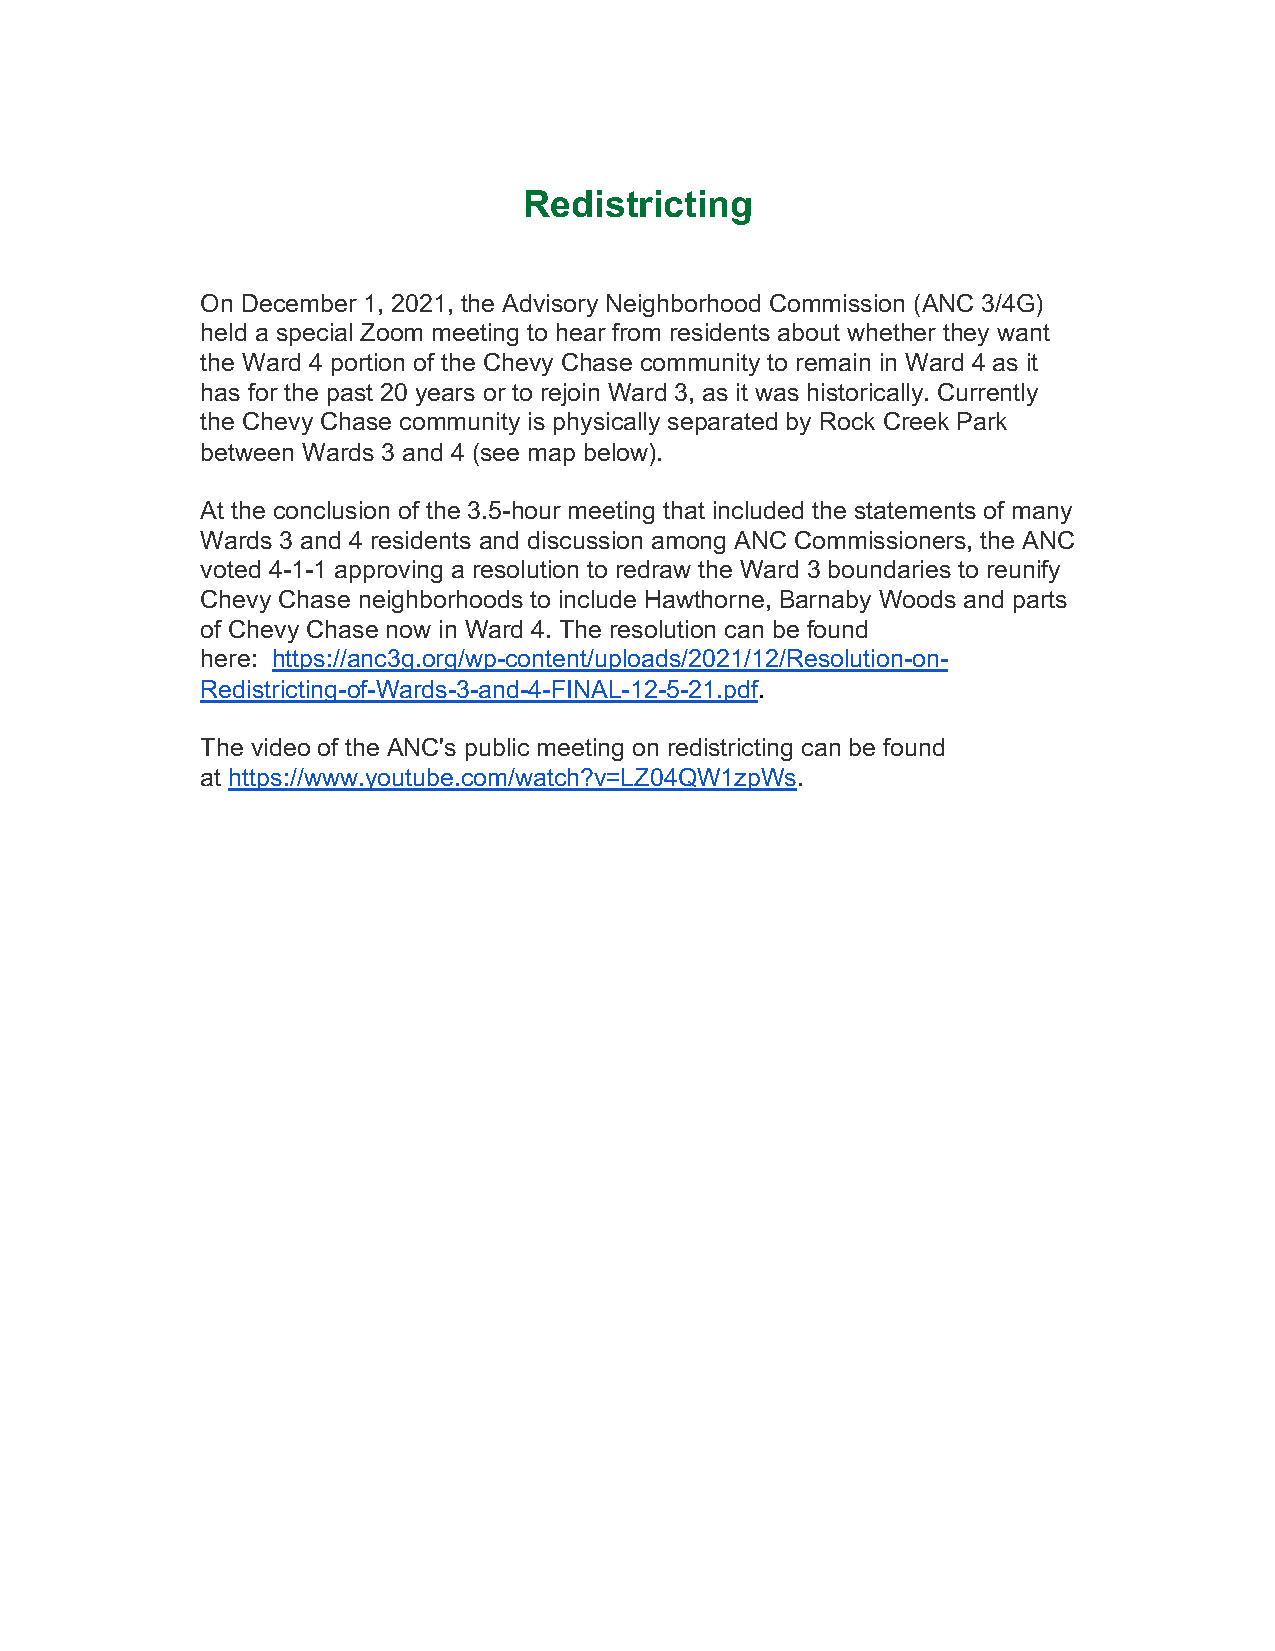
Redistricting
 On December 1, 2021, the Advisory Neighborhood Commission (ANC 3/4G)
 held a special Zoom meeting to hear from residents about whether they want
 the Ward 4 portion of the Chevy Chase community to remain in Ward 4 as it
 has for the past 20 years or to rejoin Ward 3, as it was historically. Currently
 the Chevy Chase community is physically separated by Rock Creek Park
 between Wards 3 and 4 (see map below).
 At the conclusion of the 3.5-hour meeting that included the statements of many
 Wards 3 and 4 residents and discussion among ANC Commissioners, the ANC
 voted 4-1-1 approving a resolution to redraw the Ward 3 boundaries to reunify
 Chevy Chase neighborhoods to include Hawthorne, Barnaby Woods and parts
 of Chevy Chase now in Ward 4. The resolution can be found
 here: https://anc3g.org/wp-content/uploads/2021/12/Resolution-on-
 Redistricting-of-Wards-3-and-4-FINAL-12-5-21.pdf.
 The video of the ANC's public meeting on redistricting can be found
 at https://www.youtube.com/watch?v=LZ04QW1zpWs.